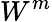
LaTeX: W^{m}